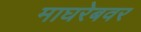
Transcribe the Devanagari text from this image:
माघरेबवर